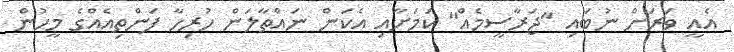
އެއީ ވަރަށް ނުބައި "ޖަރާސީމެއް" ކަމަށާއި އެކަން ނައްތާލަން ހުރިހާ ފަންތިއެއްގެ މީހުން